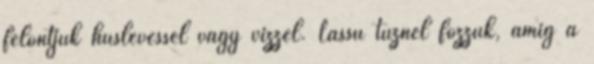
felöntjük húslevessel vagy vízzel. Lassú tűznél főzzük, amíg a